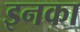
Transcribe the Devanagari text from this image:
इनका